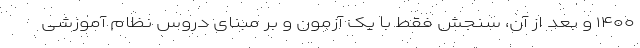
۱۴۰۰ و بعد از آن، سنجش فقط با یک آزمون و بر مبنای دروس نظام آموزشی